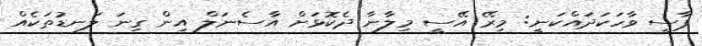
ޕާސީ ވާހަކަދައްކަނީ: މިރޭ އޭސީ މިލާނާ ދެކޮޅަށް އާސެނަލް އިން ގިނަ ލަނޑުތަކެއް